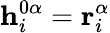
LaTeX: \mathbf{h}_{i}^{0\alpha}=\mathbf{r}_{i}^{\alpha}